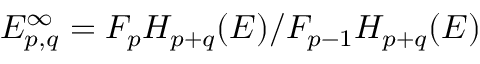
E _ { p , q } ^ { \infty } = F _ { p } H _ { p + q } ( E ) / F _ { p - 1 } H _ { p + q } ( E )